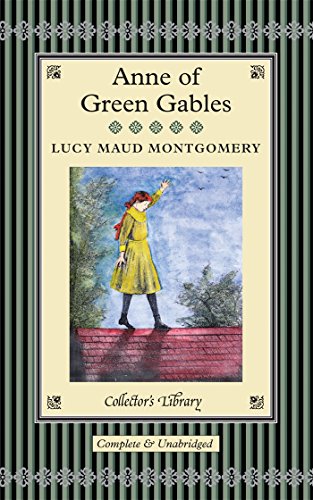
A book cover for Anne of Green Gables (Collector's Library); L. M. Montgomery; Teen & Young Adult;